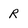
Character: R